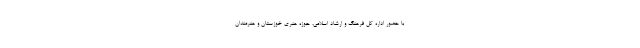
با حضور اداره کل فرهنگ و ارشاد اسلامی، حوزه هنری خوزستان و هنرمندان